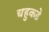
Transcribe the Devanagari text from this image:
चहुकडे